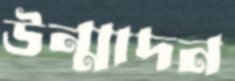
উন্মাদন